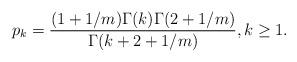
LaTeX: \begin{align*}p_k=\frac{(1+1/m)\Gamma(k)\Gamma(2+1/m)}{\Gamma(k + 2 + 1/m)}, k \ge 1.\end{align*}